Lunatic asylums Bombay report 1878-1890 - 1878-1890
Year: 1878
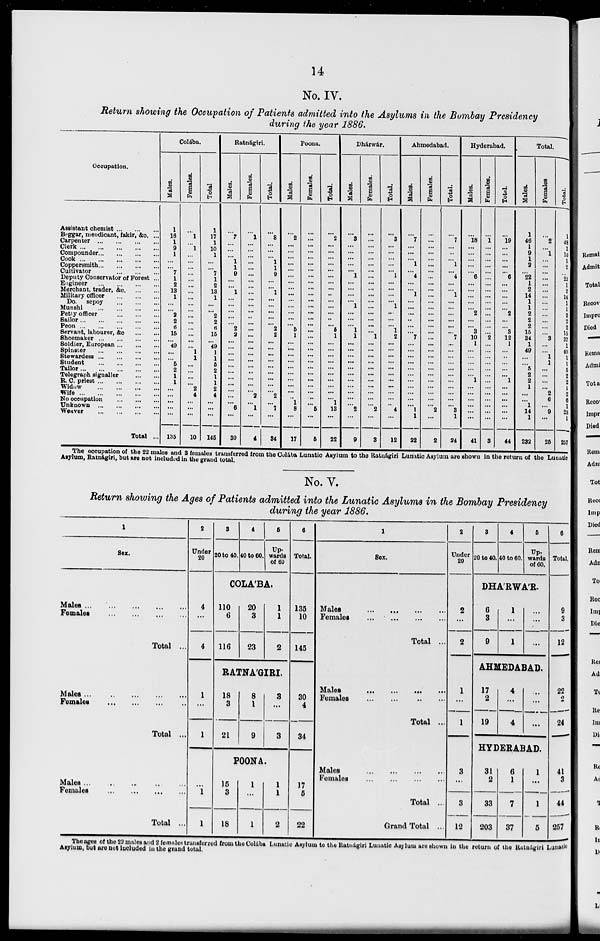
14
No. IV.
Return showing the Occupation of Patients admitted into the Asylums in the Bombay Presidency
during the year 1886.
Occupation.
Assistant chemist
...
...
...
Beggar, mendicant, fakir, &c. ...
Carpenter
...
...
...
...
Clerk
...
...
...
...
...
Compounder
...
...
...
...
Cook
...
...
...
...
...
Coppersmith
...
...
...
...
Cultivator
...
...
...
Deputy Conservator of Forest ...
Engineer
...
...
...
...
Merchant, trader, &c
...
...
Military officer
...
...
...
Do. sepcy
...
...
...
Munshi
...
...
...
...
Petty officer
...
...
...
Sailor
...
...
...
...
...
Peon
...
...
...
...
...
Servant, labourer, &c ... ...
Shoemaker
...
...
...
...
Soldier, European
...
...
...
Spinster
...
...
...
...
Stewardess
...
...
...
...
Student
...
...
...
...
Tailor
...
...
...
...
...
Telegraph signaller
...
...
R. C. priest
...
...
...
...
Widow
...
...
...
...
Wife
...
...
...
...
...
No occupation
...
...
...
Unknown
...
...
...
...
Weaver
...
...
...
...
Total ...
Colába.
Males.
1
16
1
9
1
...
...
7
1
2
13
1
...
...
2
2
6
15
...
49
...
...
5
2
1
1
...
...
...
...
...
135
Females.
...
1
...
1
...
...
...
...
...
...
...
...
...
...
...
...
...
...
...
...
1
1
...
...
...
...
2
4
...
...
...
10
Total
1
17
1
10
1
...
...
7
1
2
13
1
...
...
2
2
6
15
...
49
1
1
5
2
1
1
2
4
...
...
...
145
Ratnágiri.
Males.
...
7
...
...
...
1
1
9
...
...
1
...
...
...
...
...
2
2
...
...
...
...
...
...
...
...
...
...
...
6
...
30
Females.
...
1
...
...
...
...
...
...
...
...
...
...
...
...
...
...
...
...
...
...
...
...
...
...
...
...
...
2
...
1
...
4
Total.
...
8
...
...
...
1
1
9
...
...
1
...
...
...
...
...
2
2
...
...
...
...
...
...
...
...
...
2
...
7
...
34
Poona.
Males.
...
2
...
...
...
...
...
...
...
...
...
...
...
...
...
...
5
1
...
...
...
...
...
...
...
...
...
...
1
8
...
17
Females.
...
...
...
...
...
...
...
...
...
...
...
...
...
...
...
...
...
...
...
...
...
...
...
...
...
...
...
...
...
5
...
5
Total.
...
2
...
...
...
...
...
...
...
...
...
...
...
...
...
...
5
1
...
...
...
...
...
...
...
...
...
...
1
13
...
22
Dhárwár.
Males.
...
3
...
...
...
...
...
1
...
...
...
...
1
...
...
...
1
1
...
...
...
...
...
...
...
...
...
...
...
2
...
9
Females.
...
...
...
...
...
...
...
...
...
...
...
...
...
...
...
...
...
1
...
...
...
...
...
...
...
...
...
...
...
2
...
3
Total.
...
3
...
...
...
...
...
1
...
...
...
...
1
...
...
...
1
2
...
...
...
...
...
...
...
...
...
...
...
4
...
12
Ahmedabad.
Males.
...
7
...
...
...
1
...
4
...
...
1
...
...
...
..
...
...
7
...
...
...
...
...
...
...
...
...
...
...
1
1
22
Females.
...
...
...
...
...
...
...
...
...
...
...
...
...
...
...
...
...
...
...
...
...
...
...
...
...
...
...
...
...
2
...
2
Total.
...
7
...
...
...
1
...
4
...
...
1
...
...
...
...
...
...
7
...
...
...
...
...
...
...
...
...
...
...
3
1
24
Hyderabad.
Males.
...
18
...
...
...
...
...
6
...
...
...
...
...
2
...
...
3
10
1
...
...
...
...
...
1
...
...
...
...
...
...
41
Females.
...
1
...
...
...
...
...
...
...
...
...
...
...
...
...
...
...
2
...
...
...
...
...
...
...
...
...
...
...
...
...
3
Total.
...
19
...
...
...
...
...
6
...
...
...
...
...
2
...
...
3
12
1
...
...
...
...
...
1
...
...
...
...
...
...
44
Total.
Males.
1
46
1
9
1
2
...
22
1
2
14
1
1
2
2
2
15
34
1
49
...
...
5
2
2
1
...
...
1
14
1
232
Females.
...
2
...
1
...
...
...
...
...
...
...
...
...
...
...
...
...
3
...
...
1
1
...
...
...
...
2
6
...
9
...
25
Total.
1
48
1
10
1
2
...
22
1
2
14
1
1
2
2
2
15
37
1
49
1
1
5
2
2
1
2
6
1
23
1
257
The occupation of the 22 males and 2 females transferred from the Colába Lunatic Asylum to the Ratnágiri Lunatic Asylum are shown in the return of the Lunatic
Asylum, Ratnágiri, but are not included in the grand total.
No. V.
Return showing the Ages of Patients admitted into the Lunatic Asylums in the Bombay Presidency
during the year 1886.
1
Sex.
Males
...
...
...
...
...
Females ... ... ... ...
Total ...
Males
...
...
...
...
...
Females
...
...
...
...
Total ...
Males
...
...
...
...
...
Females
...
...
...
...
Total ...
2
Under
20
4
...
4
1
...
1
...
1
1
3
20 to 40.
4
40 to 60.
5
Up-
wards
of 60
COLA'BA.
110
6
116
20
3
23
1
1
2
RATNA'GIRI.
18
3
21
8
1
9
3
...
3
POONA
15
3
18
1
...
1
1
1
2
6
Total.
135
10
145
30
4
34
17
5
22
1
Sex.
Males
...
...
...
...
Females ... ... ... ...
Total ...
Males
...
...
...
...
Females
...
...
...
...
Total ...
Males
...
...
...
...
Females ... ... ... ...
Total ...
Grand Total ...
2
Under
20
2
...
2
1
...
1
3
...
3
12
3
20 to 40.
4
40 to 60.
5
Up-
wards
of 60.
DHA'RWA'R.
6
3
9
1
...
1
...
...
...
AHMEDABAD.
17
2
19
4
...
4
...
...
...
HYDERABAD.
31
2
33
203
6
1
7
37
1
...
1
5
6
Total.
9
3
12
22
2
24
41
3
44
257
The ages of the 23 males and 2 females transferred from the Colába Lunatic Asylum to the Ratnágiri Lunatic Asylum are shown in the return of the Ratnágiri Lunatic
Asylum, but are not included in the grand total.